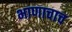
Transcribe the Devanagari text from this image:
भाणाचाच